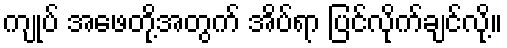
ကျုပ် အဖေတို့အတွက် အိပ်ရာ ပြင်လိုက်ချင်လို့။